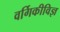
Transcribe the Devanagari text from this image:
वर्गिकीविज्ञ